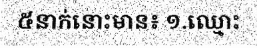
៥នាក់នោះមាន៖ ១.ឈ្មោះ